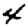
Digit: 4